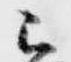
已